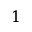
1